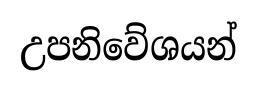
උපනිවේශයන්